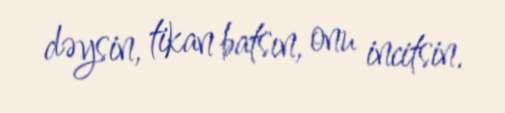
dəysin, tikan batsın, onu incitsin.